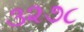
૩૨૭૮